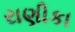
રાણીકા